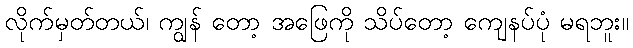
လိုက်မှတ်တယ်၊ ကျွန် တော့ အဖြေကို သိပ်တော့ ကျေနပ်ပုံ မရဘူး။